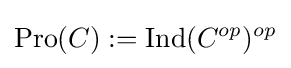
\operatorname {Pro} (C):=\operatorname {Ind} (C^{op})^{op}